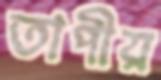
তাপীয়